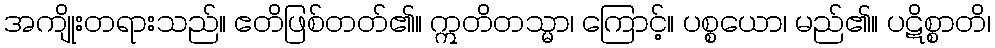
အကျိုးတရားသည်။ ဧတိဖြစ်တတ်၏။ ဣတိတသ္မာ၊ ကြောင့်။ ပစ္စယော၊ မည်၏။ ပဋိစ္စာတိ၊